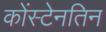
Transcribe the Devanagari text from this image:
कोंस्टेनतिन